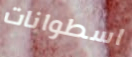
اسطوانات